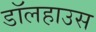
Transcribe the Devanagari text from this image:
डॉलहाउस